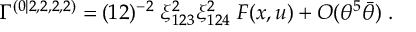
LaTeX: \Gamma ^ { ( 0 | 2 , 2 , 2 , 2 ) } = ( 1 2 ) ^ { - 2 } \; { \xi _ { 1 2 3 } ^ { 2 } \xi _ { 1 2 4 } ^ { 2 } } \; F ( x , u ) + O ( \theta ^ { 5 } \bar { \theta } ) \; .